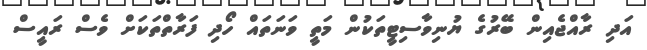
އަދި ރާއްޖެއިން ބޭރުގެ ޔުނިވާސިޓީތަކުން މަތީ ވަނަތައް ހޯދި ފަރާތްތަކަށް ވެސް ރައީސް